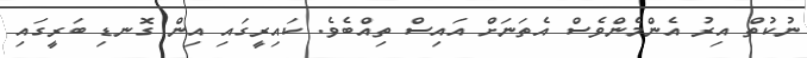
ނުކުތް އިރު އެންމެންވެސް އެތަނަށް އައިސް ތިއްބެވެ. ކައިރީގައި އިން ގޮނޑި ބަރީގައި